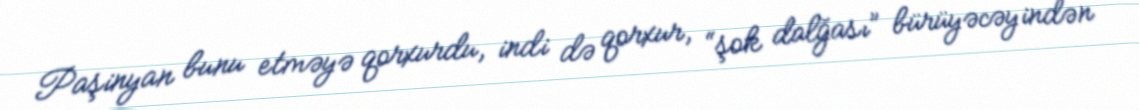
Paşinyan bunu etməyə qorxurdu, indi də qorxur, “şok dalğası” bürüyəcəyindən